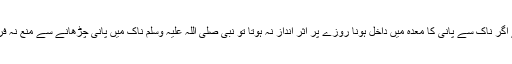
اس لیے اگر ناک سے پانی کا معدہ میں داخل ہونا روزے پر اثر انداز نہ ہوتا تو نبی صلی اللہ علیہ وسلم ناک میں پانی چڑھانے سے منع نہ فرماتے ۔